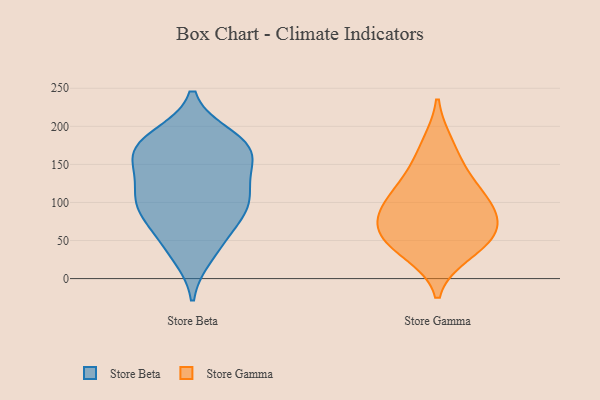
{"axis": {"x": "Demand Index", "y": "Value"}, "legend": ["Store Beta", "Store Gamma"], "data": [{"x": "", "y": 163, "type": "Store Beta"}, {"x": "", "y": 130, "type": "Store Beta"}, {"x": "", "y": 108, "type": "Store Beta"}, {"x": "", "y": 42, "type": "Store Beta"}, {"x": "", "y": 95, "type": "Store Beta"}, {"x": "", "y": 151, "type": "Store Beta"}, {"x": "", "y": 169, "type": "Store Beta"}, {"x": "", "y": 124, "type": "Store Beta"}, {"x": "", "y": 172, "type": "Store Beta"}, {"x": "", "y": 186, "type": "Store Beta"}, {"x": "", "y": 62, "type": "Store Beta"}, {"x": "", "y": 31, "type": "Store Beta"}, {"x": "", "y": 95, "type": "Store Beta"}, {"x": "", "y": 87, "type": "Store Beta"}, {"x": "", "y": 93, "type": "Store Beta"}, {"x": "", "y": 170, "type": "Store Beta"}, {"x": "", "y": 183, "type": "Store Beta"}, {"x": "", "y": 72, "type": "Store Gamma"}, {"x": "", "y": 176, "type": "Store Gamma"}, {"x": "", "y": 72, "type": "Store Gamma"}, {"x": "", "y": 91, "type": "Store Gamma"}, {"x": "", "y": 34, "type": "Store Gamma"}, {"x": "", "y": 139, "type": "Store Gamma"}, {"x": "", "y": 116, "type": "Store Gamma"}, {"x": "", "y": 49, "type": "Store Gamma"}, {"x": "", "y": 50, "type": "Store Gamma"}, {"x": "", "y": 101, "type": "Store Gamma"}]}